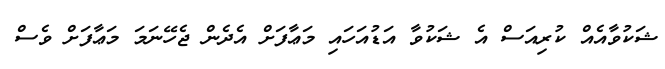
ޝަކުވާއެއް ކުރިއަސް އެ ޝަކުވާ އަޑުއަހައި މަޢާފަށް އެދެން ޖެހޭނަމަ މަޢާފަށް ވެސް